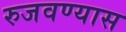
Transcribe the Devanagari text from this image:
रुजवण्यास